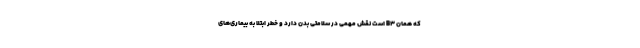
که همان B3 است نقش مهمی در سلامتی بدن دارد و خطر ابتلا به بیماری‌های